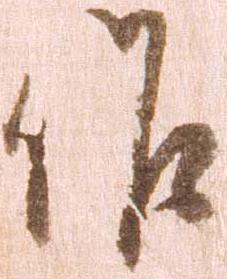
候